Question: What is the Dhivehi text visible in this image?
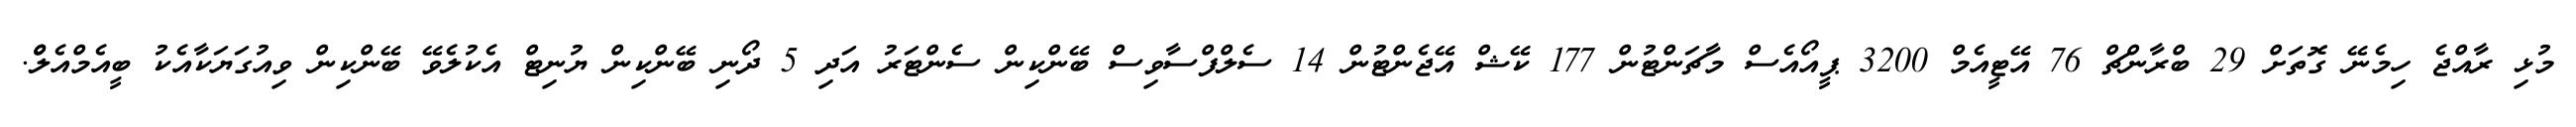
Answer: މުޅި ރާއްޖެ ހިމެނޭ ގޮތަށް 29 ބްރާންޗް 76 އޭޓީއެމް 3200 ޕީއޯއެސް މާޗަންޓުން 177 ކޭޝް އޭޖެންޓުން 14 ސެލްފްސާވިސް ބޭންކިން ސެންޓަރު އަދި 5 ދޯނި ބޭންކިން ޔުނިޓް އެކުލެވޭ ބޭންކިން ވިއުގަޔަކާއެކު ބީއެމްއެލްް.